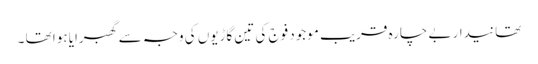
تھانیدار بے چارہ قریب موجود فوج کی تین گاڑیوں کی وجہ سے گھبرایا ہوا تھا ۔